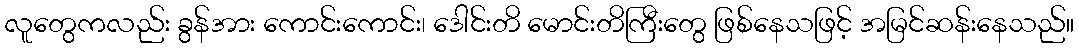
လူတွေကလည်း ခွန်အား ကောင်းကောင်း၊ ဒေါင်းတိ မောင်းတိကြီးတွေ ဖြစ်နေသဖြင့် အမြင်ဆန်းနေသည်။